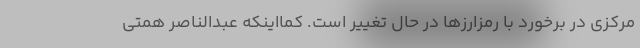
مرکزی در برخورد با رمزارزها در حال تغییر است. کمااینکه عبدالناصر همتی